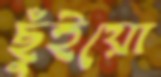
ছুঁইয়ো